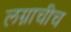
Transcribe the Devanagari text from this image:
लग्नाचीच